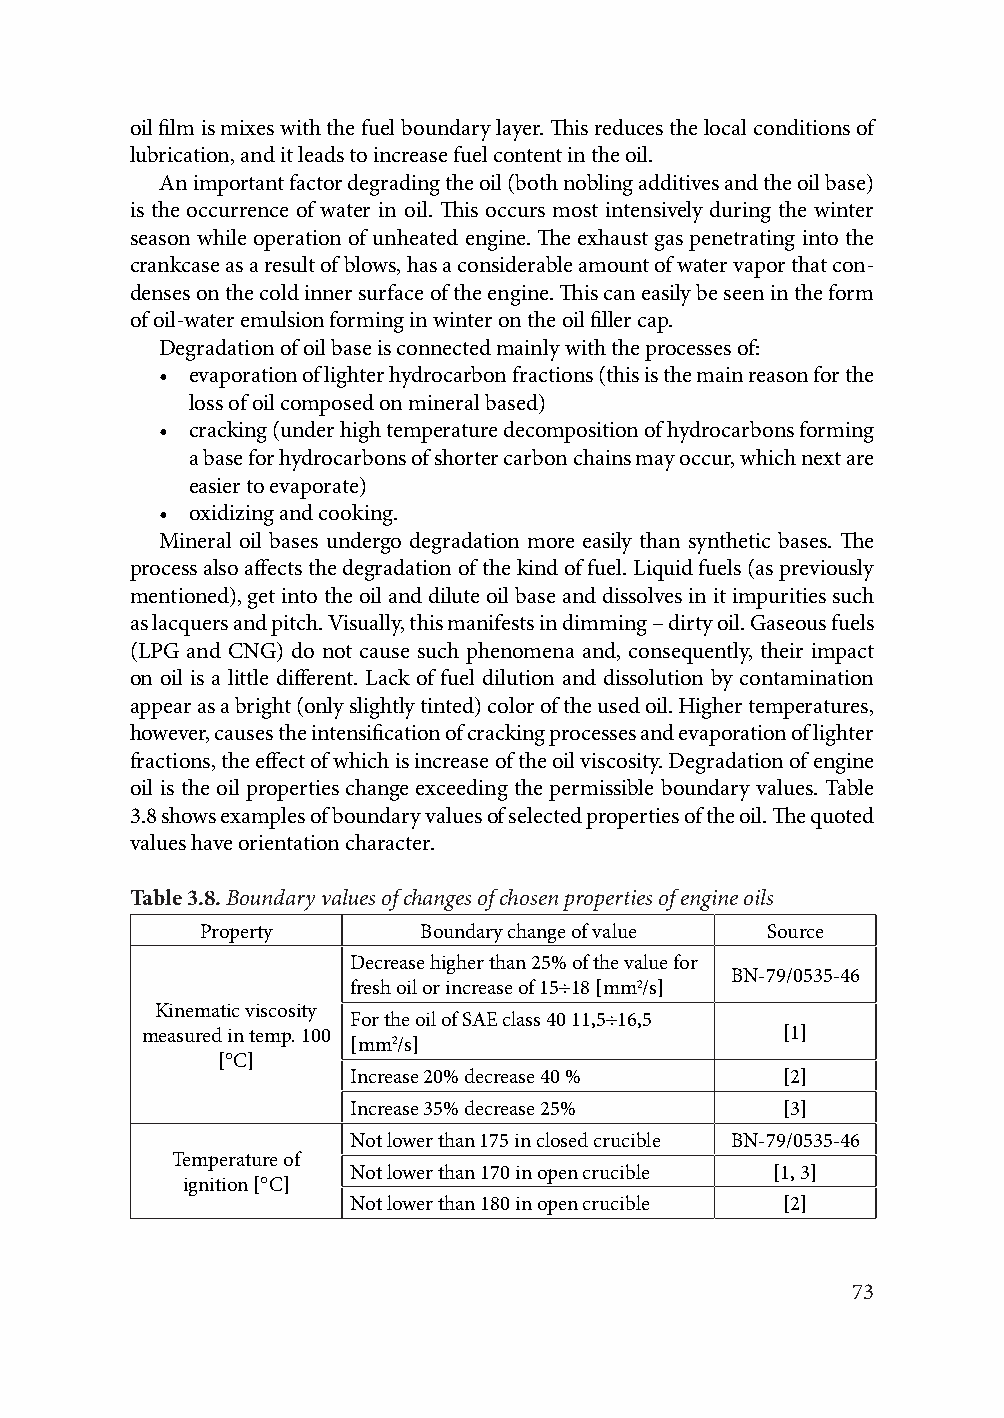
oil film is mixes with the fuel boundary layer. This reduces the local conditions of
 lubrication, and it leads to increase fuel content in the oil.
 An important factor degrading the oil (both nobling additives and the oil base)
 is the occurrence of water in oil. This occurs most intensively during the winter
 season while operation of unheated engine. The exhaust gas penetrating into the
 crankcase as a result of blows, has a considerable amount of water vapor that con-
 denses on the cold inner surface of the engine. This can easily be seen in the form
 of oil-water emulsion forming in winter on the oil filler cap.
 Degradation of oil base is connected mainly with the processes of:
 • evaporation of lighter hydrocarbon fractions (this is the main reason for the
 loss of oil composed on mineral based)
 • cracking (under high temperature decomposition of hydrocarbons forming
 a base for hydrocarbons of shorter carbon chains may occur, which next are
 easier to evaporate)
 • oxidizing and cooking.
 Mineral oil bases undergo degradation more easily than synthetic bases. The
 process also affects the degradation of the kind of fuel. Liquid fuels (as previously
 mentioned), get into the oil and dilute oil base and dissolves in it impurities such
 as lacquers and pitch. Visually, this manifests in dimming – dirty oil. Gaseous fuels
 (LPG and CNG) do not cause such phenomena and, consequently, their impact
 on oil is a little different. Lack of fuel dilution and dissolution by contamination
 appear as a bright (only slightly tinted) color of the used oil. Higher temperatures,
 however, causes the intensification of cracking processes and evaporation of lighter
 fractions, the effect of which is increase of the oil viscosity. Degradation of engine
 oil is the oil properties change exceeding the permissible boundary values. Table
 3.8 shows examples of boundary values of selected properties of the oil. The quoted
 values have orientation character.
 Table 3.8. Boundary values of changes of chosen properties of engine oils
 Property       Boundary change of value Source
 Decrease higher than 25% of the value for
 BN-79/0535-46
 fresh oil or increase of 15÷18 [mm2/s]
 Kinematic viscosity For the oil of SAE class 40 11,5÷16,5
 measured in temp. 100                     [1]
 [mm2/s]
 [°C]
 Increase 20% decrease 40 %   [2]
 Increase 35% decrease 25%    [3]
 Not lower than 175 in closed crucible BN-79/0535-46
 Temperature of
 Not lower than 170 in open crucible [1, 3]
 ignition [°C]
 Not lower than 180 in open crucible [2]
 73